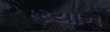
રયાન